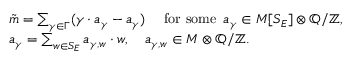
\begin{array} { r l } & { { \tilde { m } } = \sum _ { \gamma \in { \Gamma } } ( \gamma \cdot a _ { \gamma } - a _ { \gamma } ) \quad \ \mathrm { f o r ~ s o m e } \ \, a _ { \gamma } \in M [ S _ { E } ] \otimes \mathbb { Q } / \mathbb { Z } , } \\ & { a _ { \gamma } = \sum _ { w \in S _ { E } } a _ { \gamma , w } \cdot w , \quad a _ { \gamma , w } \in M \otimes \mathbb { Q } / \mathbb { Z } . } \end{array}